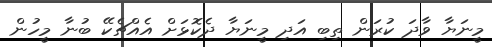
މީނަޔާ ވާދަ ކުރަން ތިބި އަދި މީނަޔާ ދެކޮޅަށް އެއްޗެކޭ ބުނާ މީހުން